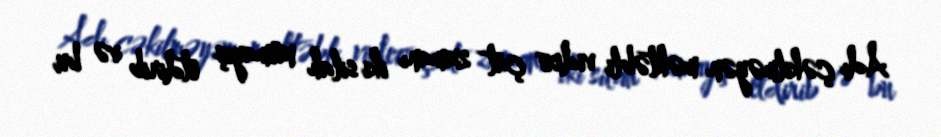
Adı çəkilməyən məktəbli video çat zamanı iki silah nümayiş etdirib və bu